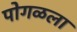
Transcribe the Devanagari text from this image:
पोगळला